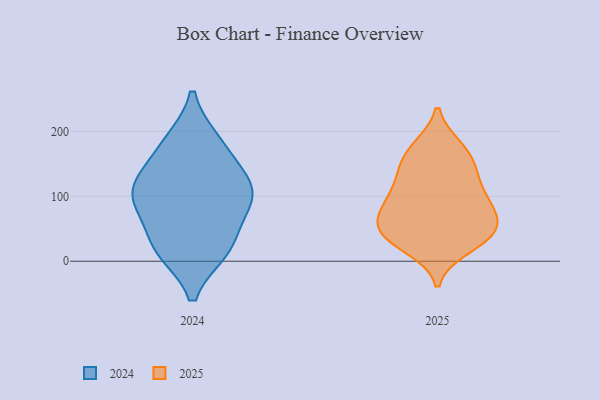
{"axis": {"x": "LTV (USD)", "y": "Value"}, "legend": ["2024", "2025"], "data": [{"x": "", "y": 74, "type": "2024"}, {"x": "", "y": 17, "type": "2024"}, {"x": "", "y": 19, "type": "2024"}, {"x": "", "y": 180, "type": "2024"}, {"x": "", "y": 24, "type": "2024"}, {"x": "", "y": 96, "type": "2024"}, {"x": "", "y": 93, "type": "2024"}, {"x": "", "y": 110, "type": "2024"}, {"x": "", "y": 124, "type": "2024"}, {"x": "", "y": 130, "type": "2024"}, {"x": "", "y": 184, "type": "2024"}, {"x": "", "y": 75, "type": "2025"}, {"x": "", "y": 22, "type": "2025"}, {"x": "", "y": 41, "type": "2025"}, {"x": "", "y": 41, "type": "2025"}, {"x": "", "y": 116, "type": "2025"}, {"x": "", "y": 175, "type": "2025"}, {"x": "", "y": 154, "type": "2025"}, {"x": "", "y": 50, "type": "2025"}, {"x": "", "y": 175, "type": "2025"}, {"x": "", "y": 40, "type": "2025"}, {"x": "", "y": 79, "type": "2025"}, {"x": "", "y": 129, "type": "2025"}, {"x": "", "y": 36, "type": "2025"}, {"x": "", "y": 145, "type": "2025"}, {"x": "", "y": 88, "type": "2025"}, {"x": "", "y": 73, "type": "2025"}, {"x": "", "y": 101, "type": "2025"}]}